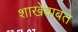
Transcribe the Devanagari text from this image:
शाखेबाबत